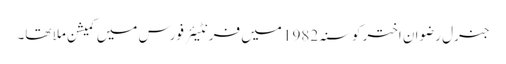
جنرل رضوان اختر کو سنہ 1982 میں فرنٹیئر فورس میں کمیشن ملا تھا۔